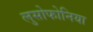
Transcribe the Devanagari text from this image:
लुसोफोनिया